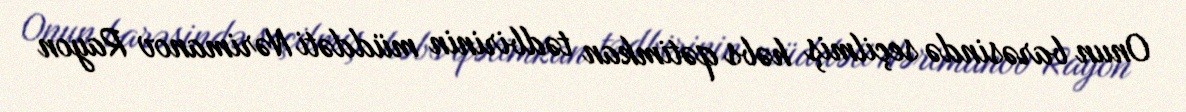
Onun barəsində seçilmiş həbs qətimkan tədbirinin müddəti Nərimanov Rayon